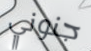
جنوني